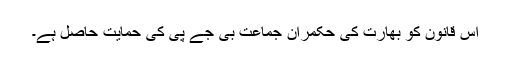
اس قانون کو بھارت کی حکمران جماعت بی جے پی کی حمایت حاصل ہے۔